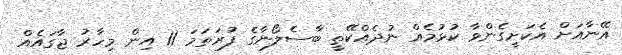
އޭނާއަށް އެކަށީގެންވާ ކުޅުމެއް ނުދެއްކޭތީ ބާސެލޯނާގެ ފުރަތަމަ 11 އިން މިހާރު ޖާގައެއް